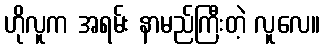
ဟိုလူက အရမ်း နာမည်ကြီးတဲ့ လူလေ။